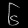
Digit: ၆